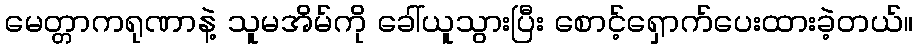
မေတ္တာကရုဏာနဲ့ သူမအိမ်ကို ခေါ်ယူသွားပြီး စောင့်ရှောက်ပေးထားခဲ့တယ်။